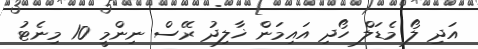
އަދި ލޯ މެޑަލް ހޯދި އައިމަން ޚާލިދު ރޭސް ނިންމީ 10 މިނެޓު